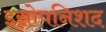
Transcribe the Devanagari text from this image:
इसोपनिशद